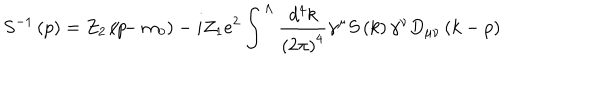
S ^ { - 1 } \left( p \right) = Z _ { 2 } \left( p \hspace { - 0 . 2 c m } / - m _ { 0 } \right) - i Z _ { 1 } e ^ { 2 } \int ^ { \Lambda } \frac { d ^ { 4 } k } { \left( 2 \pi \right) ^ { 4 } } \gamma ^ { \mu } S \left( k \right) \gamma ^ { \nu } D _ { \mu \nu } \left( k - p \right)